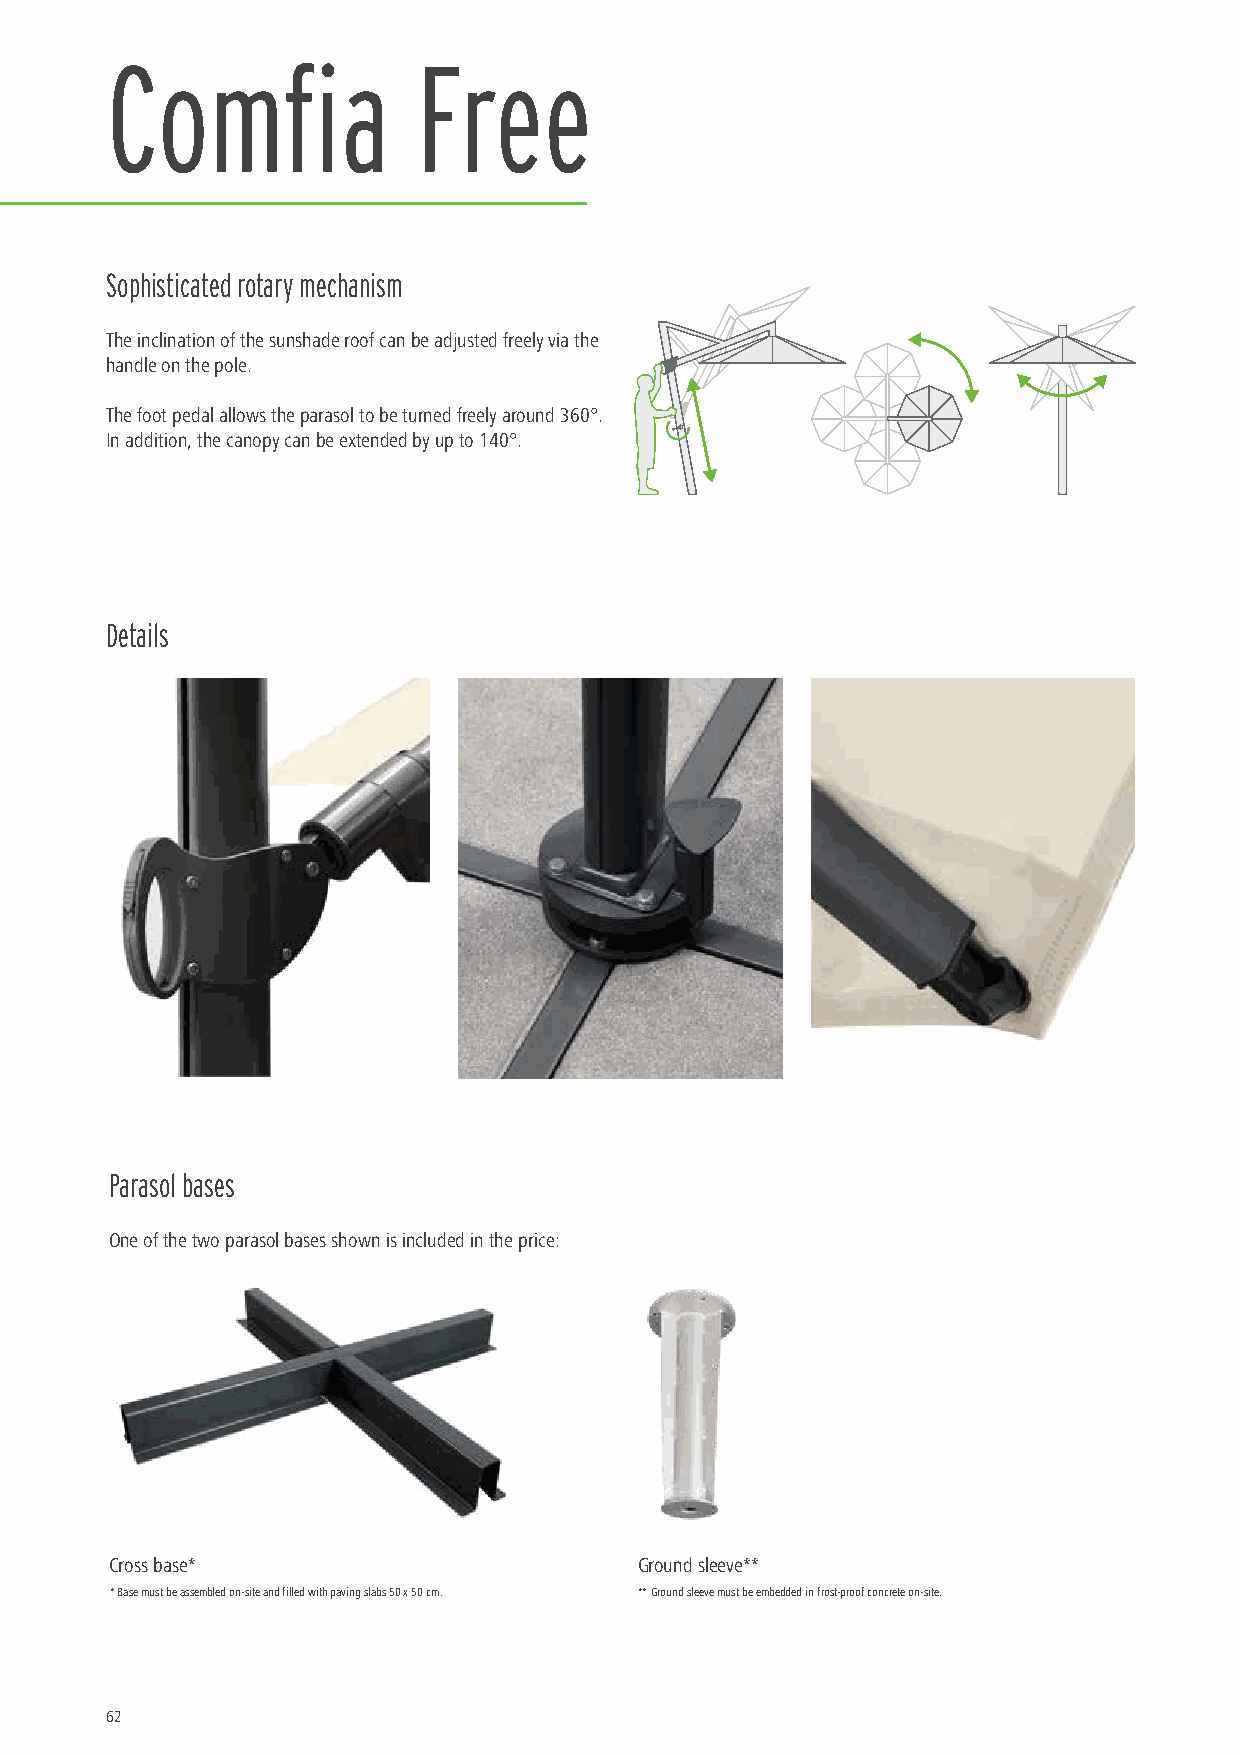
Comfia               Free
 Sophisticated rotary mechanism
 The inclination of the sunshade roof can be adjusted freely via the
 handle on the pole.
 The foot pedal allows the parasol to be turned freely around 360°.
 In addition, the canopy can be extended by up to 140°.
 Details
 Parasol bases
 One of the two parasol bases shown is included in the price:
 Cross base*                        Ground sleeve**
 * Base must be assembled on-site and filled with paving slabs 50 x 50 cm. ** Ground sleeve must be embedded in frost-proof concrete on-site.
 62